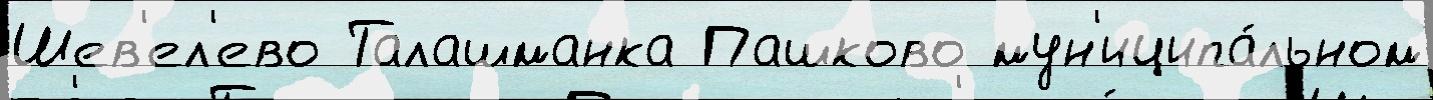
Шев'ел'ево Талашманка Пашково мун'иципа́льном